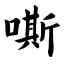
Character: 嘶